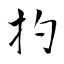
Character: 扚